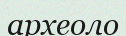
археоло